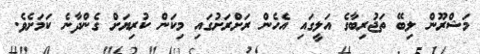
މަޝްރޫން ލިބޭ ތަޖުރިބާގެ އަލީގައި އެހެން ރަށްރަށުގައި މިކަން ކުރިޔަށް ގެންދާނެ ކަމަށެވެ.